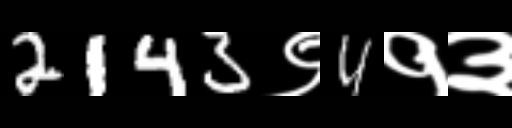
Text: 2143९4१३